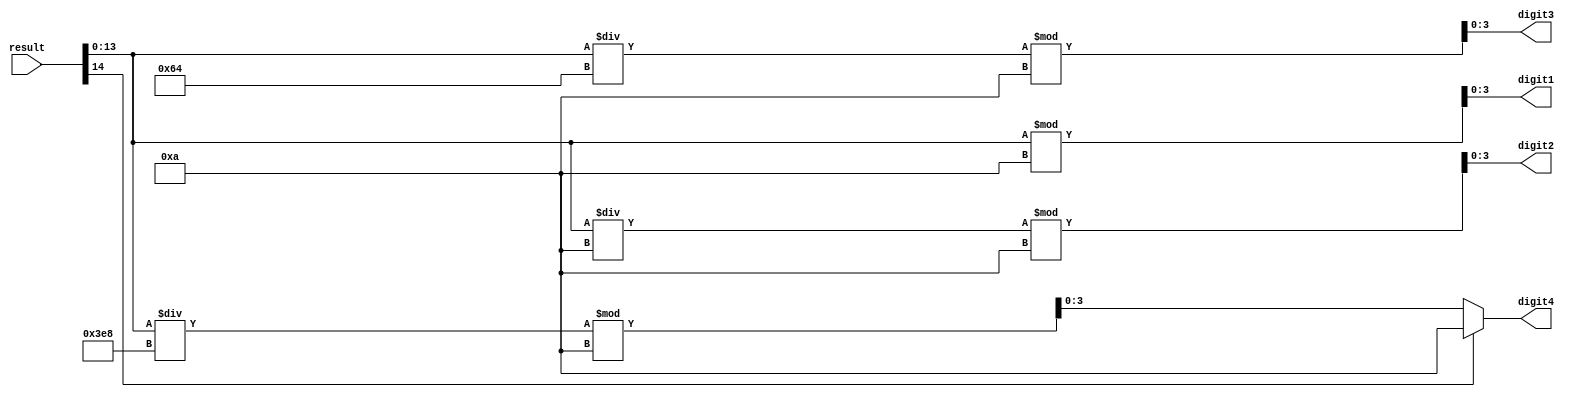
module Splitter (input [14:0] result, output reg[3:0] digit1,output reg[3:0]digit2,output reg[3:0]digit3,output reg[3:0]digit4);
always @ (result)
begin
if(result[14] == 1)
begin
digit4 = 4'b1010;
end
else
begin
digit4 = (result[13:0]/10'b1111101000) % 4'b1010;
end
digit1 = result[13:0] % 4'b1010;
digit2 = (result[13:0]/4'b1010) % 4'b1010;
digit3 = (result[13:0]/7'b1100100) % 4'b1010;
end
endmodule